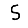
Digit: 5